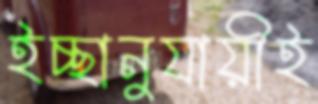
ইচ্ছানুযায়ীই